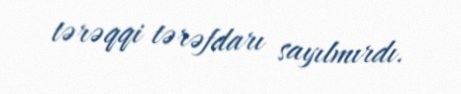
tərəqqi tərəfdarı sayılmırdı.